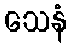
သေနံ